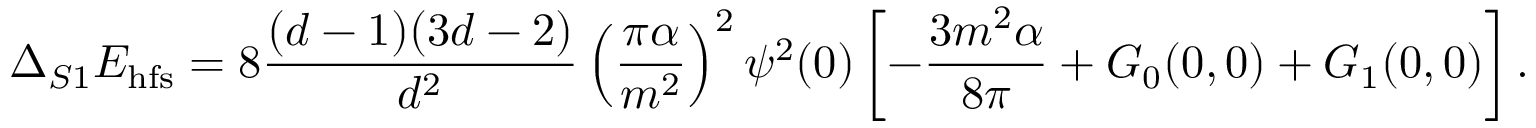
\Delta _ { S 1 } E _ { \mathrm { h f s } } = 8 \frac { ( d - 1 ) ( 3 d - 2 ) } { d ^ { 2 } } \left( \frac { \pi \alpha } { m ^ { 2 } } \right) ^ { 2 } \psi ^ { 2 } ( 0 ) \left[ - \frac { 3 m ^ { 2 } \alpha } { 8 \pi } + G _ { 0 } ( 0 , 0 ) + G _ { 1 } ( 0 , 0 ) \right] .